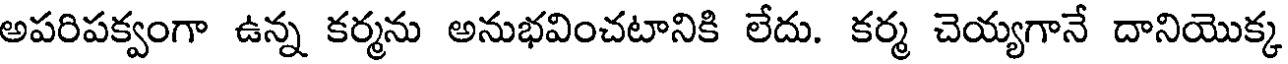
అపరిపక్వంగా ఉన్న కర్మను అనుభవించటానికి లేదు. కర్మ చెయ్యగానే దానియొక్క